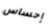
إحساس